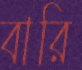
বারি